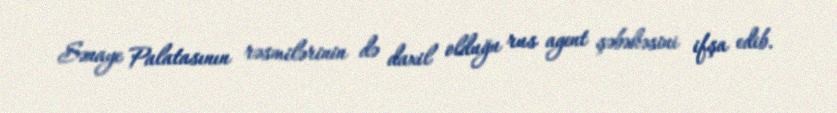
Sənaye Palatasının rəsmilərinin də daxil olduğu rus agent şəbəkəsini ifşa edib.